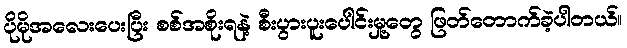
ပိုမိုအလေးပေးပြီး စစ်အစိုးရနဲ့ စီးပွားပူးပေါင်းမှု့တွေ ဖြတ်တောက်ခဲ့ပါတယ်။